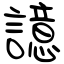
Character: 譩